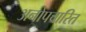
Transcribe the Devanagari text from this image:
अनोपचारित